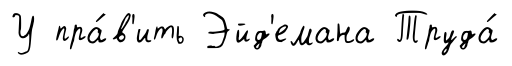
У пра́в'ить Эйд'емана Труда́